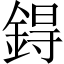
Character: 鍀